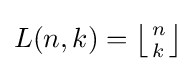
L(n,k)=\textstyle {\left\lfloor {n \atop k}\right\rfloor }